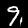
Digit: 9